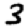
Digit: 3